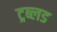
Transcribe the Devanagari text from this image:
ट्रब्लड